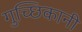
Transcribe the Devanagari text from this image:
गुच्छिकानी